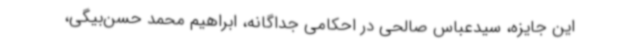
این جایزه، سیدعباس صالحی در احکامی جداگانه، ابراهیم محمد حسن‌بیگی،